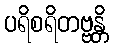
ပရိစရိတဗ္ဗန္တိ